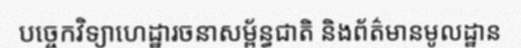
បច្ចេកវិទ្យាហេដ្ឋារចនាសម្ព័ន្ធជាតិ និងព័ត៌មានមូលដ្ឋាន